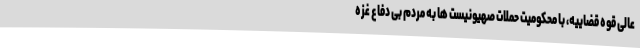
عالی قوه قضاییه، با محکومیت حملات صهیونیست ها به مردم بی دفاع غزه